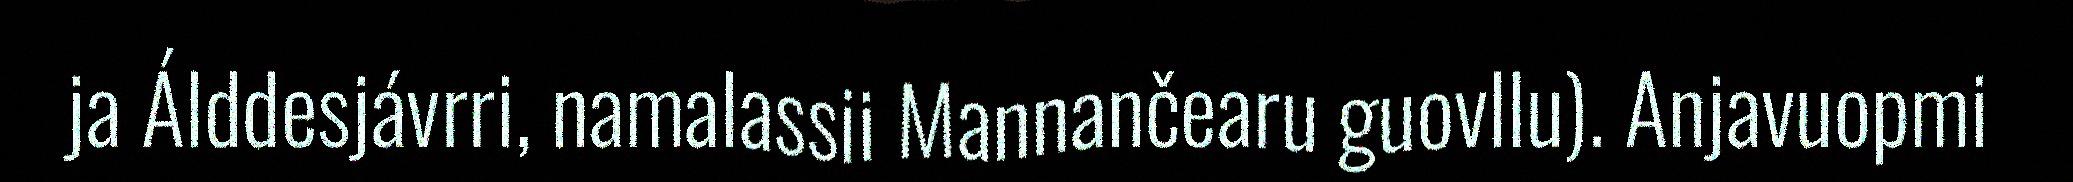
ja Álddesjávrri, namalassii Mannančearu guovllu). Anjavuopmi